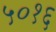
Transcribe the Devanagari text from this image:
५०१६